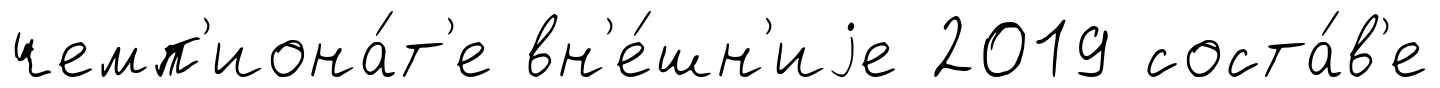
чемп'иона́т'е вн'е́шн'иjе 2019 соста́в'е